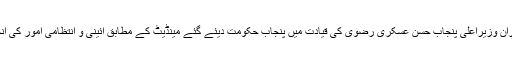
صوبائی وزیر میاں نعمان کبیر نے کہا کہ نگران وزیراعلیٰ پنجاب حسن عسکری رضوی کی قیادت میں پنجاب حکومت دیئے گئے مینڈیٹ کے مطابق آئینی و انتظامی امور کی انجام دہی کے لئے بہتر ین اقدامات کر رہی ہے۔